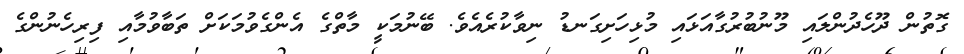
ގޮތުން ދޫހެދުންލައި މޫނުބުރުގާއަޅައި މުޅިހަށިގަނޑު ނިވާކުރެއެވެ. ބޭނުމަކީ މާތްގެ އެންގެވުމަކަށް ތަބާވުމާއި ފިރިހެނުންގެ